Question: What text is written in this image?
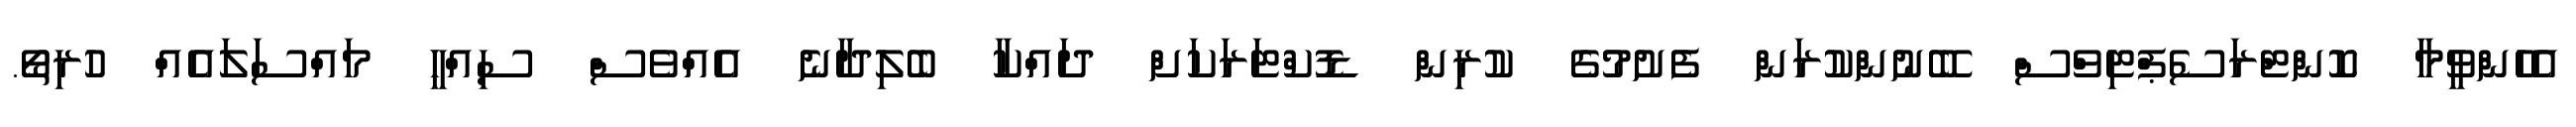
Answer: އެހެންވީމާ ކޮންޓްރަސެޕްޓިވްސް ބޭނުންކުރަން ފެށުމުގެ ކުރިން ޑޮކްޓަރަކަށް ދައްކާ ބެލިދާނެ އެއްވެސް ސިއްހީ މައްސަލައެއް ހުރިތޯ.